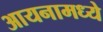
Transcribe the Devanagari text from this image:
आयनामध्ये